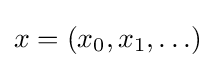
x=(x_{0},x_{1},\ldots )